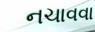
નચાવવા